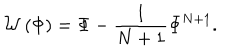
{ \mathcal W } \left( \Phi \right) = \Phi - \frac { 1 } { N + 1 } \Phi ^ { N + 1 } .